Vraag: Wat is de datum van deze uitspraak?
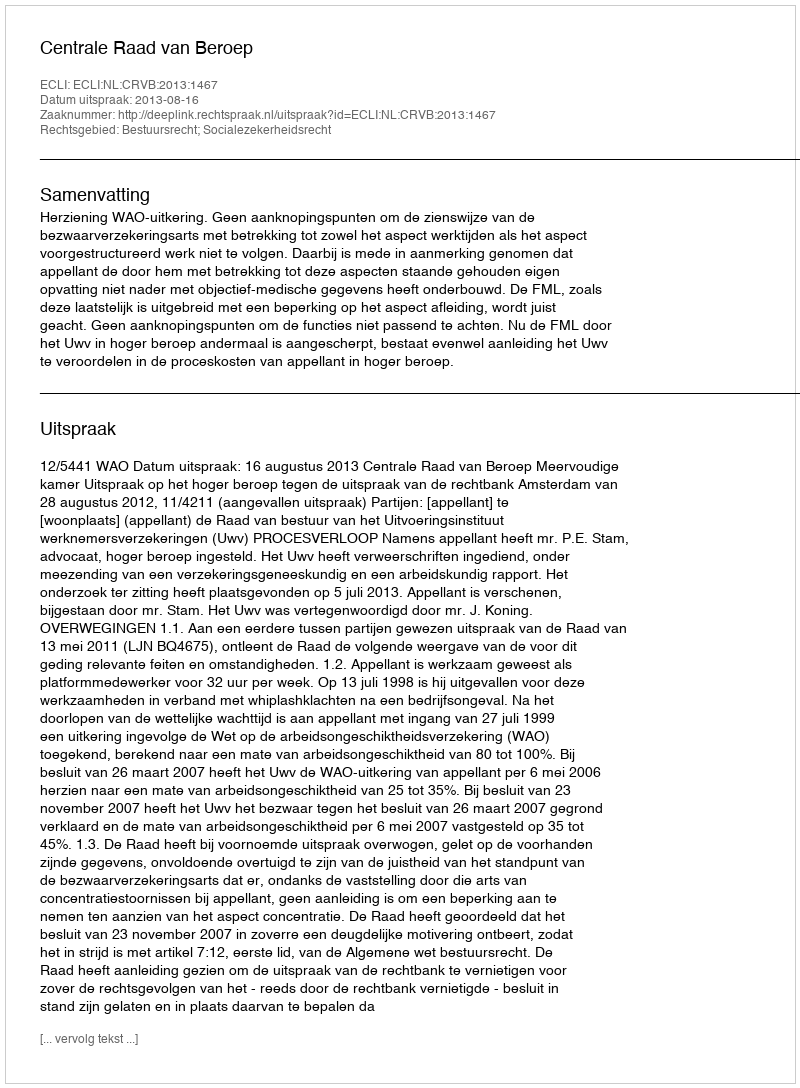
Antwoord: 2013-08-16